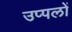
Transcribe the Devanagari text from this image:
उप्पलों